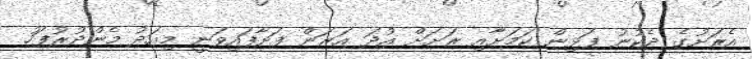
އެރަށުގެ ދެކުނު ފަޅިން ކަމަށާއި ރަށަށް އުދަ އަރަން ފަށާފައިވަނީ މިއަދު މެންދުރުފަހު